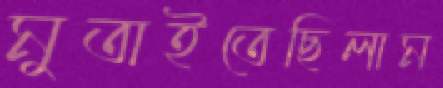
মুতাইতেছিলাম